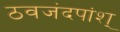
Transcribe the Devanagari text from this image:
ठवजंदपांश्